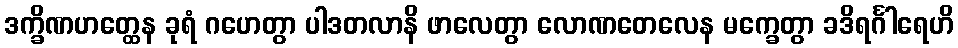
ဒက္ခိဏဟတ္ထေန ခုရံ ဂဟေတွာ ပါဒတလာနိ ဖာလေတွာ လောဏတေလေန မက္ခေတွာ ခဒိရင်္ဂါရေဟိ